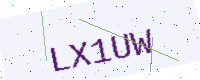
Text: LX1UW